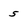
Character: 5